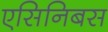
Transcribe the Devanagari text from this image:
एसिनिबस